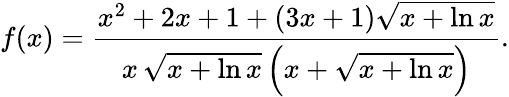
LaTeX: f(x)={\frac{x^{2}+2x+1+(3x+1){\sqrt{x+\ln x}}}{x\, {\sqrt{x+\ln x}}\left(x+{\sqrt{x+\ln x}}\right)}}.